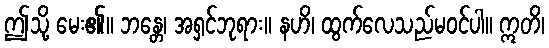
ဤသို့ မေး၏။ ဘန္တေ၊ အရှင်ဘုရား။ နဟိ၊ ထွက်လေသည်မဝင်ပါ။ ဣတိ၊